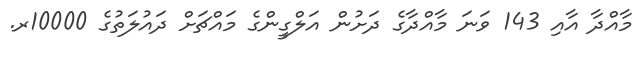
މާއްދާ އާއި 143 ވަނަ މާއްދާގެ ދަށުން އަލްގީންގެ މައްޗަށް ދައުލަތުގެ 10000ރ.